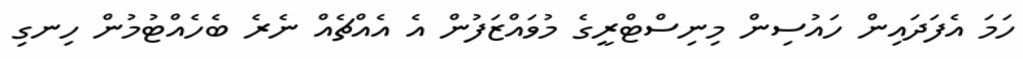
ހަމަ އެފަދައިން ހައުސިން މިނިސްޓްރީގެ މުވައްޒަފުން އެ އެއްޗެއް ނެރެ ބެހެއްޓުމުން ހިނގި